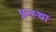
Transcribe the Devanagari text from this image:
प्रन्स्था